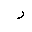
Letter: _ra